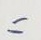
=